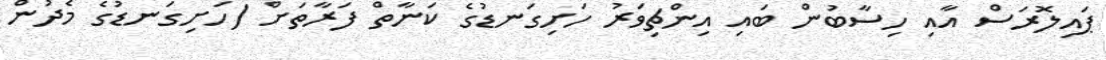
ޕައިލޮރަސް އާއި ހިސާބުން ބައި އިންޗިވަރު ހަށިގަނޑުގެ ކަނާތް ފަރާތަށް (ހަށިގަނޑުގެ މެދުން